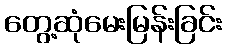
တွေ့ဆုံမေးမြန်းခြင်း